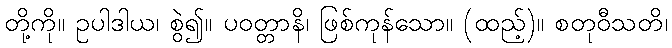
တို့ကို။ ဥပါဒါယ၊ စွဲ၍။ ပဝတ္တာနိ၊ ဖြစ်ကုန်သော။ (ထည့်)။ စတုဝီသတိ၊